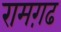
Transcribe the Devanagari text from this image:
रामग़ढ